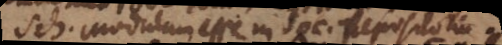
Sch. Modulum esse in Soc. Repositorium.